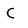
Character: C